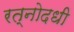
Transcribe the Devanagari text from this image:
रत्नोदधी